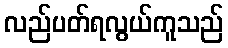
လည်ပတ်ရလွယ်ကူသည်